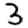
Digit: 3